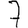
Digit: 7